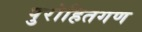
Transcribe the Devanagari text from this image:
पुरोहितगण